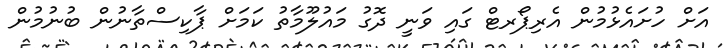
އަށް ހުށައެޅުމުން އެރިޕޯރޓް ގައި ވަނީ ދޮގު މައުލޫމާތު ކަމަށް ޕާކިސްތާނުން ބުނުމުން